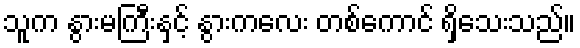
သူက နွားမကြီးနှင့် နွားကလေး တစ်ကောင် ရှိသေးသည်။